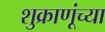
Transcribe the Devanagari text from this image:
शुक्राणूंच्या